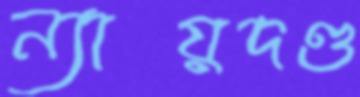
ন্যায়দণ্ড